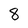
Character: 8